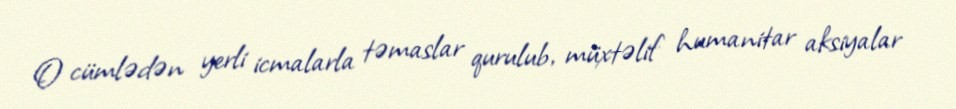
O cümlədən yerli icmalarla təmaslar qurulub, müxtəlif humanitar aksiyalar